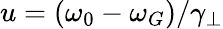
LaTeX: u=(\omega_{0}-\omega_{G})/\gamma_{\perp}